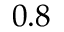
0 . 8